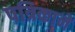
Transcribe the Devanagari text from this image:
पत्रिकाने